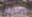
روفوس